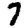
Digit: 7